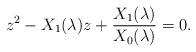
LaTeX: \begin{align*}z^2-X_1(\lambda)z+\frac{X_1(\lambda)}{X_0(\lambda)}=0.\end{align*}